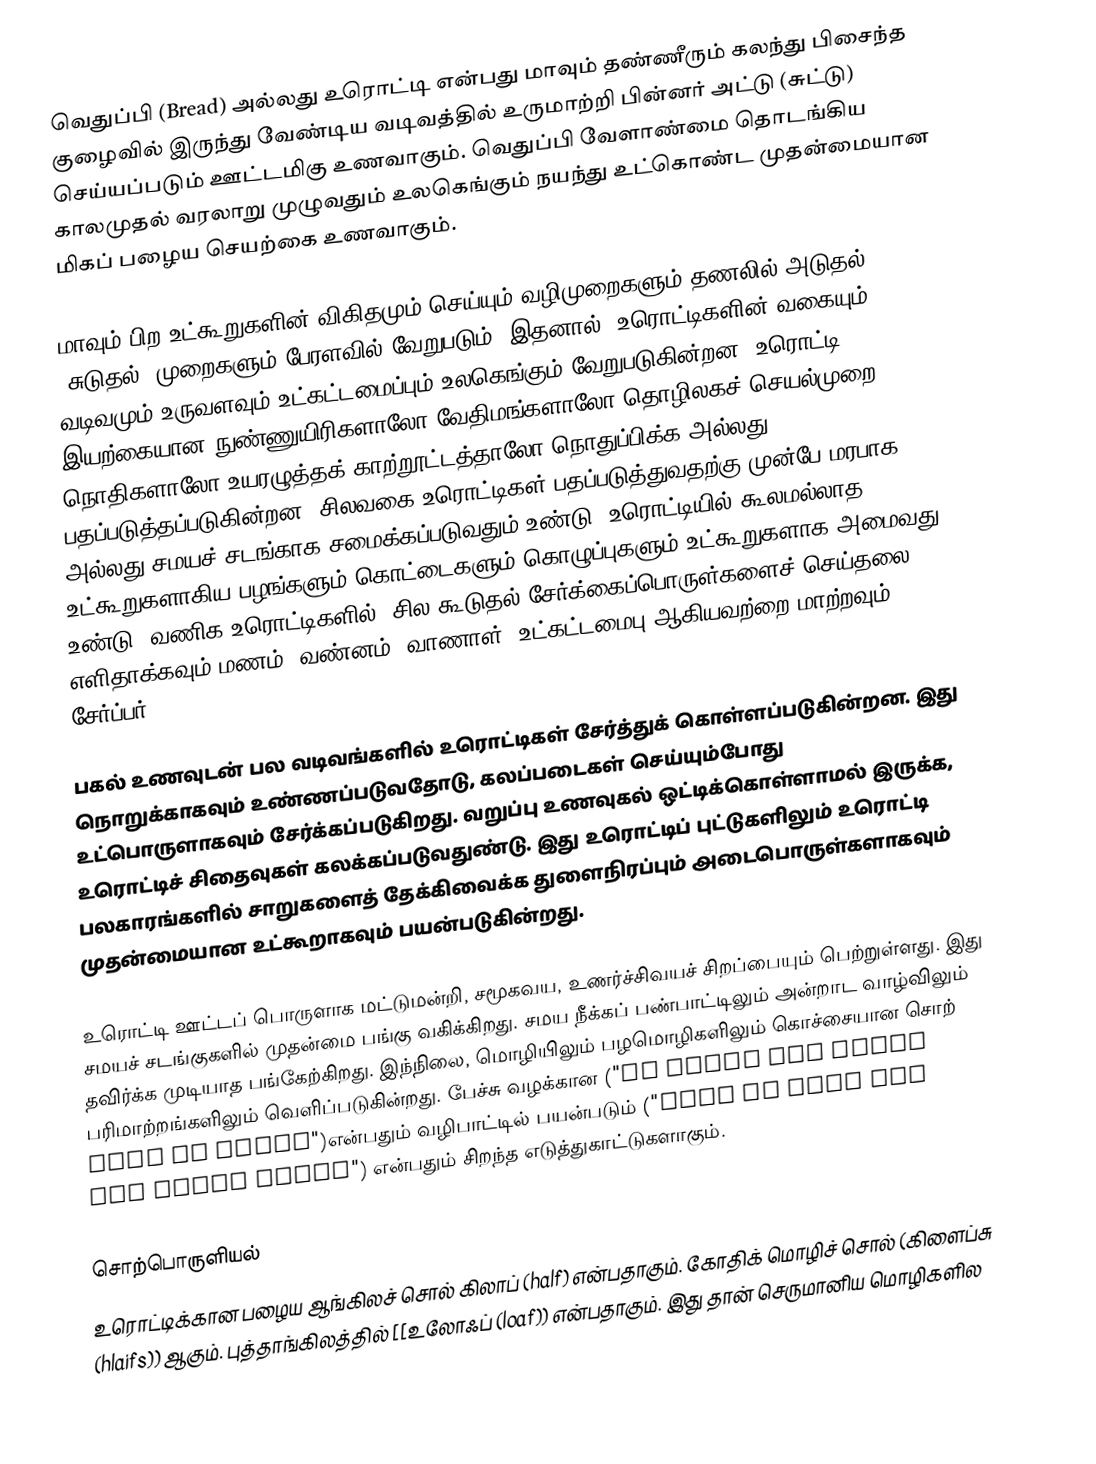
வெதுப்பி (Bread)  அல்லது உரொட்டி என்பது மாவும் தண்ணீரும் கலந்து பிசைந்த குழைவில் இருந்து வேண்டிய வடிவத்தில் உருமாற்றி பின்னர் அட்டு (சுட்டு) செய்யப்படும் ஊட்டமிகு உணவாகும். வெதுப்பி வேளாண்மை தொடங்கிய காலமுதல் வரலாறு முழுவதும் உலகெங்கும் நயந்து உட்கொண்ட முதன்மையான மிகப் பழைய செயற்கை உணவாகும்.

மாவும் பிற உட்கூறுகளின் விகிதமும் செய்யும் வழிமுறைகளும் தணலில் அடுதல் (சுடுதல்) முறைகளும் பேரளவில் வேறுபடும். இதனால், உரொட்டிகளின் வகையும் வடிவமும் உருவளவும் உட்கட்டமைப்பும் உலகெங்கும் வேறுபடுகின்றன.  உரொட்டி இயற்கையான நுண்ணுயிரிகளாலோ வேதிமங்களாலோ தொழிலகச் செயல்முறை நொதிகளாலோ உயரழுத்தக் காற்றூட்டத்தாலோ நொதுப்பிக்க அல்லது பதப்படுத்தப்படுகின்றன. சிலவகை உரொட்டிகள் பதப்படுத்துவதற்கு முன்பே மரபாக அல்லது சமயச் சடங்காக சமைக்கப்படுவதும் உண்டு. உரொட்டியில் கூலமல்லாத உட்கூறுகளாகிய பழங்களும் கொட்டைகளும் கொழுப்புகளும் உட்கூறுகளாக அமைவது உண்டு. வணிக உரொட்டிகளில், சில கூடுதல் சேர்க்கைப்பொருள்களைச் செய்தலை எளிதாக்கவும் மணம், வண்னம், வாணாள், உட்கட்டமைபு ஆகியவற்றை மாற்றவும் சேர்ப்பர்.

பகல் உணவுடன் பல வடிவங்களில் உரொட்டிகள் சேர்த்துக் கொள்ளப்படுகின்றன. இது நொறுக்காகவும் உண்ணப்படுவதோடு,  கலப்படைகள் செய்யும்போது உட்பொருளாகவும் சேர்க்கப்படுகிறது. வறுப்பு உணவுகல் ஒட்டிக்கொள்ளாமல் இருக்க, உரொட்டிச் சிதைவுகள் கலக்கப்படுவதுண்டு.  இது உரொட்டிப் புட்டுகளிலும்  உரொட்டி பலகாரங்களில் சாறுகளைத் தேக்கிவைக்க துளைநிரப்பும் அடைபொருள்களாகவும் முதன்மையான உட்கூறாகவும் பயன்படுகின்றது.

உரொட்டி ஊட்டப் பொருளாக மட்டுமன்றி, சமூகவய, உணர்ச்சிவயச் சிறப்பையும் பெற்றுள்ளது. இது சமயச் சடங்குகளில் முதன்மை பங்கு வகிக்கிறது. சமய நீக்கப் பண்பாட்டிலும் அன்றாட வாழ்விலும் தவிர்க்க முடியாத பங்கேற்கிறது. இந்நிலை, மொழியிலும் பழமொழிகளிலும் கொச்சையான சொற் பரிமாற்றங்களிலும்  வெளிப்படுகின்றது. பேச்சு வழக்கான ("He stole the bread from my mouth")என்பதும் வழிபாட்டில் பயன்படும் ("Give us this day our daily bread") என்பதும் சிறந்த எடுத்துகாட்டுகளாகும்.

சொற்பொருளியல்
உரொட்டிக்கான பழைய ஆங்கிலச் சொல் கிலாப் (half) என்பதாகும். கோதிக் மொழிச் சொல் (கிளைப்சு (hlaifs)) ஆகும். புத்தாங்கிலத்தில் [[உலோஃப் (loaf)) என்பதாகும். இது தான் செருமானிய மொழிகளில